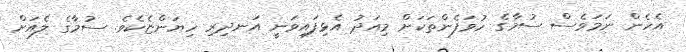
އެހެން ނަމަވެސް ސުމާގެ ހުވަފެންތަކަށް މިއަދު އެޅިފައިވަނީ އަނދިރި ހިޔަންޏެކެވެ. ސުމާގެ ލެއަށް